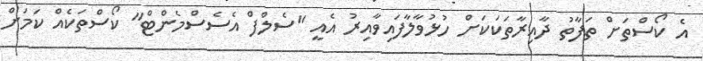
އެ ކޯސްތަށް ތަފާތު ދާއިރާތަކަކަށް ހުޅުވާލާފައިވާއިރު އެއީ "ސެލްފް އެސެސްމެންޓް" ކޯސްތަކެއް ކަމަށް